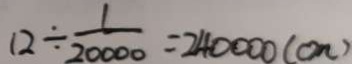
1 2 \div \frac { 1 } { 2 0 0 0 0 } = 2 4 0 0 0 0 ( c m )